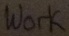
Text: work